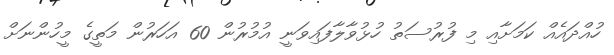
ހުއްދައެއް ކަމަށާއި މި ފުރުސަތު ހުޅުވާލާފައިވަނީ އުމުރުން 60 އަހަރުން މަތީގެ މީހުންނަށް